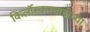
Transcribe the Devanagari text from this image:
किर्लोस्करवाडीच्या